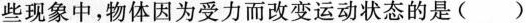
些现象中，物体因为受力而改变运动状态的是()